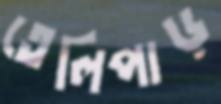
তেলিপাড়